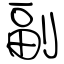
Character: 副